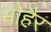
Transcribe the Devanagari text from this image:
मोहैर